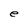
Character: e